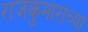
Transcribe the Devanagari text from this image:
राजकुमारांच्या